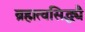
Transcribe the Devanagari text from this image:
ब्रह्मत्वसिद्ध्यै